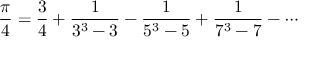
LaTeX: { \frac { \pi } { 4 } } = { \frac { 3 } { 4 } } + { \frac { 1 } { 3 ^ { 3 } - 3 } } - { \frac { 1 } { 5 ^ { 3 } - 5 } } + { \frac { 1 } { 7 ^ { 3 } - 7 } } - \cdots